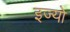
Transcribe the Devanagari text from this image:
इज्यो